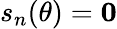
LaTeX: s_{n}(\theta)=\mathbf{0}